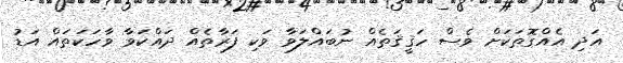
އަދި އެއްގޮތަކަށް ވެސް ހަޤީޤަތެއް ނުބައްލަވާ ވަކި ފަރާތެއް ދައްކަވާ ވާހަކަތައް އަޑު